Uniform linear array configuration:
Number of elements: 12
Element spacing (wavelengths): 1
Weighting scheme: exponential
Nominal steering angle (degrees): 30
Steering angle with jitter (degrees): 28.387
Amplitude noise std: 0.05
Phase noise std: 0.05

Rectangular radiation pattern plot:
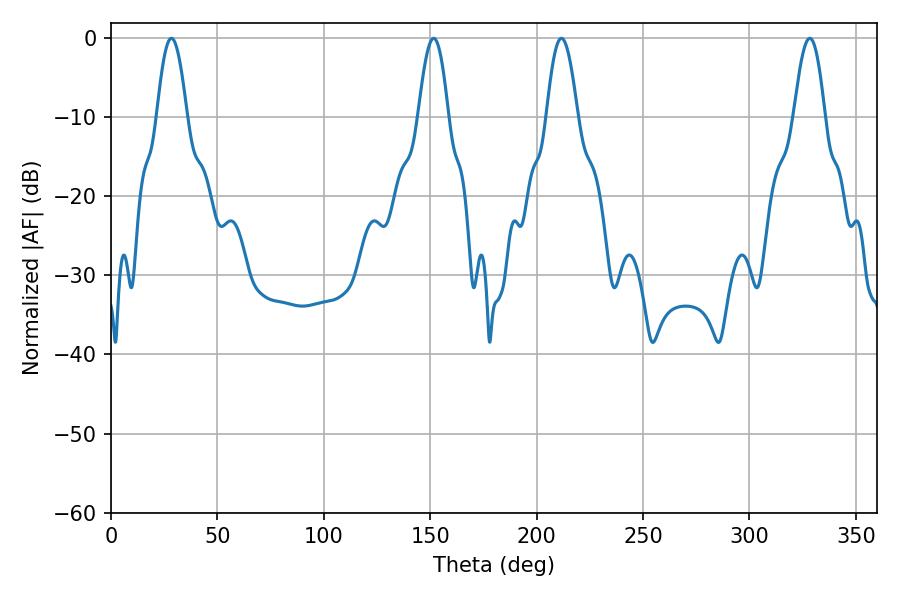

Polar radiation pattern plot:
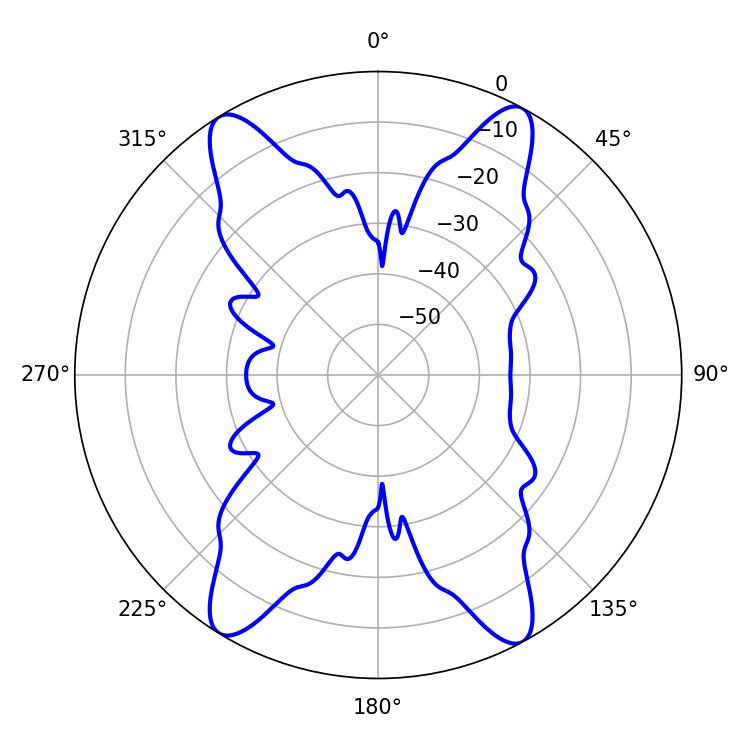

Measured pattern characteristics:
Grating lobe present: TRUE
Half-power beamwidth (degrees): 7.92
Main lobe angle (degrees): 211.68